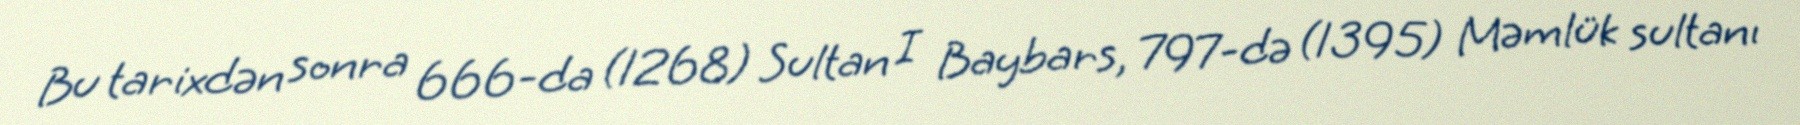
Bu tarixdən sonra 666-da (1268) Sultan I Baybars, 797-də (1395) Məmlük sultanı